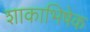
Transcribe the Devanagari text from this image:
शाकाभिषेक